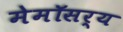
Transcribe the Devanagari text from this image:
मेमॉसर्य